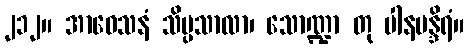
၂၁၂။ အာဝေသနံ သိပ္ပသာလာ၊ သောဏ္ဍာ တု ပါနမန္ဒိရံ။